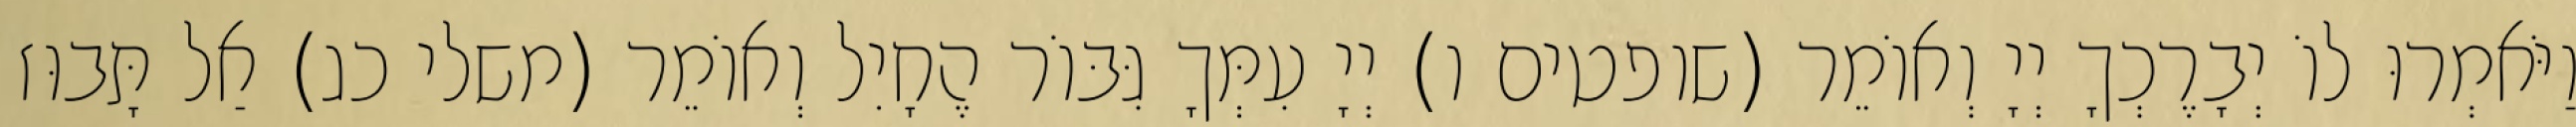
וַיֹּאמְרוּ לוֹ יְבָרֶכְךָ יְיָ וְאוֹמֵר (שופטים ו) יְיָ עִמְּךָ גִּבּוֹר הֶחָיִל וְאוֹמֵר (משלי כג) אַל תָּבוּז